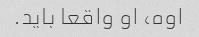
اوه، او واقعا باید.